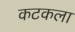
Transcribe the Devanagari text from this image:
कटकला